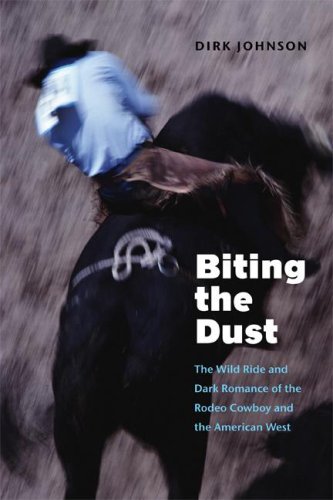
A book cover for Biting the Dust: The Wild Ride and Dark Romance of the Rodeo Cowboy and the American West; Dirk Johnson; Sports & Outdoors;